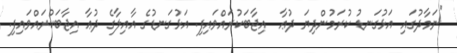
"ނަމާދުގައި އަޅުގަނޑު ކުރަމުންދިޔަ ދުޢާ  އިޖާބަކުރައްވައިފި. އަޅުގަނޑުގެ އާއިލާގެ ދުޢާ އިޖާބަކުރައްވައިފި.